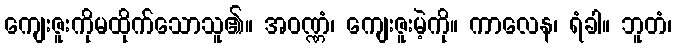
ကျေးဇူးကိုမထိုက်သောသူ၏။ အဝဏ္ဏံ၊ ကျေးဇူးမဲ့ကို။ ကာလေန၊ ရံခါ။ ဘူတံ၊